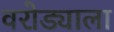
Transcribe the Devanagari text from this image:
वरोड्याला